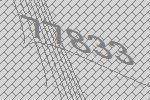
77833